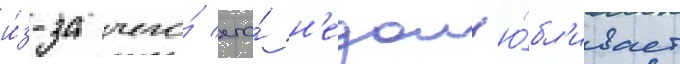
и́з-за чего́ его́ н'едол'ю́бл'ивает